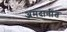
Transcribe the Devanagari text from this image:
अमदानींत